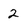
Character: 2